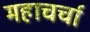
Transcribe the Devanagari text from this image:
महाचर्चा